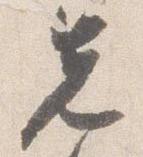
先